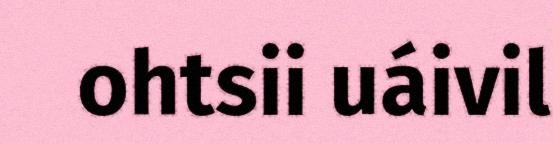
ohtsii uáivil